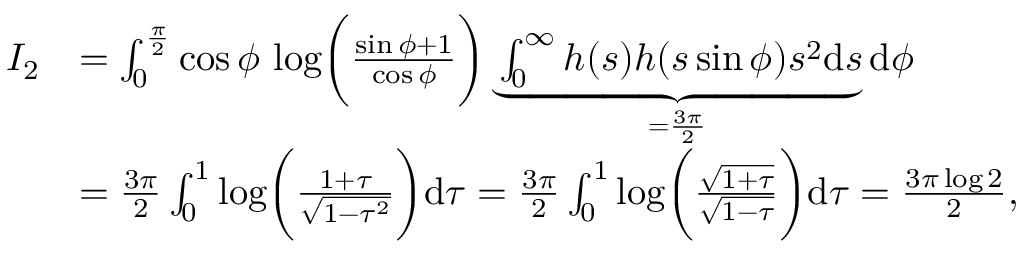
\begin{array} { r l } { I _ { 2 } } & { = \int _ { 0 } ^ { \frac { \pi } { 2 } } \cos \phi \, \log \biggr ( \frac { \sin \phi + 1 } { \cos \phi } \biggr ) \underbrace { \int _ { 0 } ^ { \infty } h ( s ) h ( s \sin \phi ) s ^ { 2 } \mathrm { d } s } _ { = \frac { 3 \pi } { 2 } } \mathrm { d } \phi } \\ & { = \frac { 3 \pi } { 2 } \int _ { 0 } ^ { 1 } \log \biggr ( \frac { 1 + \tau } { \sqrt { 1 - \tau ^ { 2 } } } \biggr ) \mathrm { d } \tau = \frac { 3 \pi } { 2 } \int _ { 0 } ^ { 1 } \log \biggr ( \frac { \sqrt { 1 + \tau } } { \sqrt { 1 - \tau } } \biggr ) \mathrm { d } \tau = \frac { 3 \pi \log 2 } { 2 } , } \end{array}